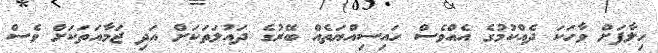
ހިލާފަށް ވާހަކަ ދެއްކުމުގެ އެއްވެސް ހައިސިއްޔަތެއް ބޭރުގެ ދައުލަތަކަށް އަދި ޖަމާއަތަކަށް ވެސް